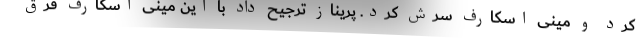
کرد و مینی اسکارف سرش کرد. پریناز ترجیح داد با این مینی اسکارف فرق